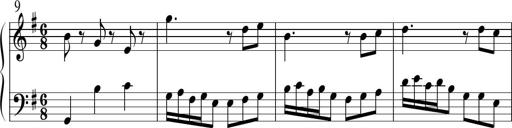
Title: Sonatine No.1 in E minor
Composer: Klaus Jung
Key: E minor